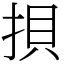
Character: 𢭲